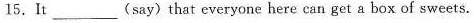
15.It___(say)that everyone here can get a box of sweets